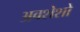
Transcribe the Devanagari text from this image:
अवशेशो